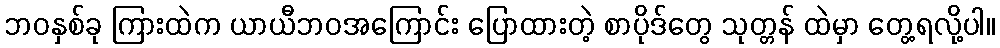
ဘဝနှစ်ခု ကြားထဲက ယာယီဘဝအကြောင်း ပြောထားတဲ့ စာပိုဒ်တွေ သုတ္တန် ထဲမှာ တွေ့ရလို့ပါ။